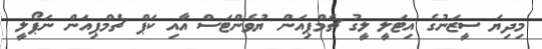
މިދިޔަ ސީޒަނުގެ އިޓަލީ ލީގު ޗެމްޕިއަން ޔުވެންޓަސް އާއި ކަޕް ޗެމްޕިއަން ނަޕޯލީ